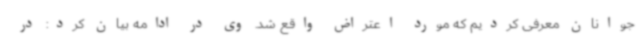
جوانان معرفی کردیم که مورد اعتراض واقع شد. وی در ادامه بیان کرد: در